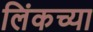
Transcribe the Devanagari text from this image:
लिंकच्या